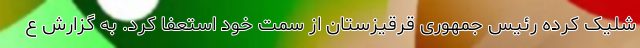
شلیک کرده رئیس جمهوری قرقیزستان از سمت خود استعفا کرد. به گزارش ع